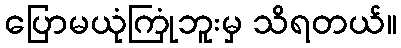
ပြောမယုံကြုံဘူးမှ သိရတယ်။